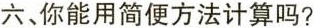
六、你能用简便方法计算吗?